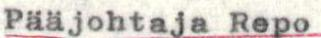
Pääjohtaja Repo